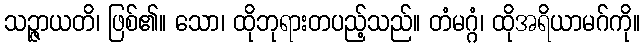
သဉ္ဇာယတိ၊ ဖြစ်၏။ သော၊ ထိုဘုရားတပည့်သည်။ တံမဂ္ဂံ၊ ထိုအရိယာမဂ်ကို။